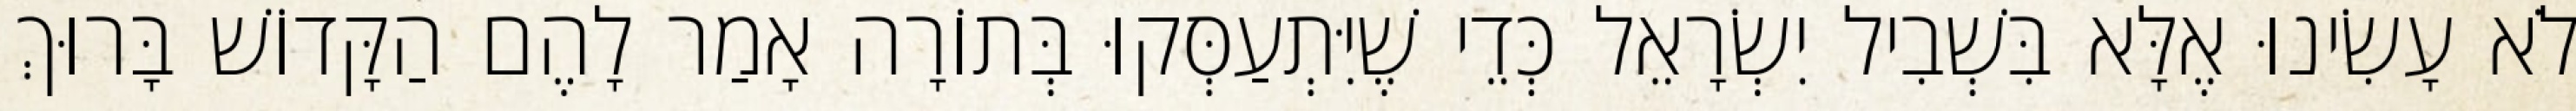
לֹא עָשִׂינוּ אֶלָּא בִּשְׁבִיל יִשְׂרָאֵל כְּדֵי שֶׁיִּתְעַסְּקוּ בְּתוֹרָה אָמַר לָהֶם הַקָּדוֹשׁ בָּרוּךְ